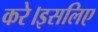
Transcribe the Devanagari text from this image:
करे।इसलिए